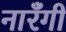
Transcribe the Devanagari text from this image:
नारँगी